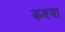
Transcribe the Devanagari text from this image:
कवणा